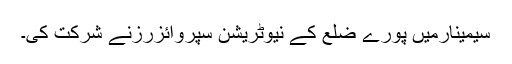
سیمینارمیں پورے ضلع کے نیوٹریشن سپروائزرزنے شرکت کی۔